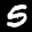
Label: 5